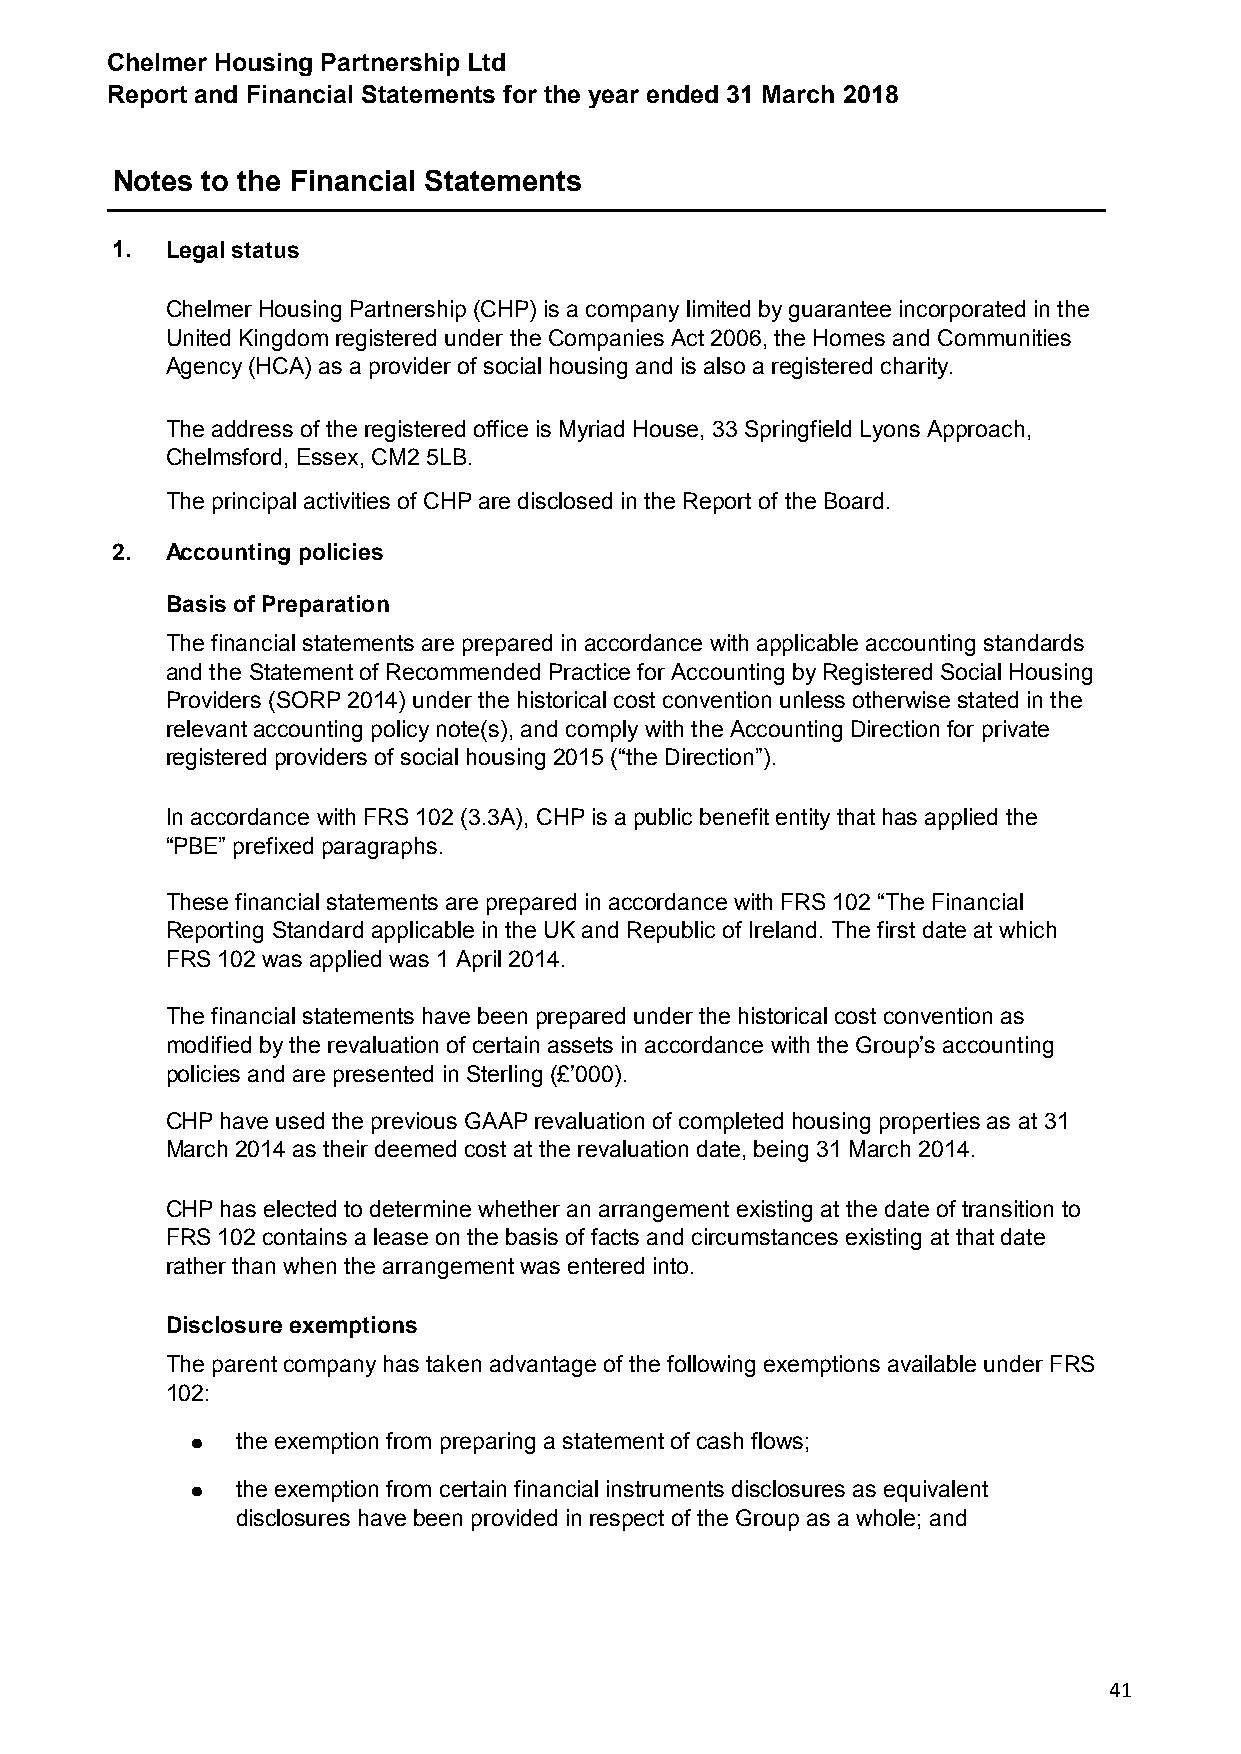
Chelmer Housing Partnership Ltd
 Report and Financial Statements for the year ended 31 March 2018
 Notes to the Financial Statements
 1.  Legal status
 Chelmer Housing Partnership (CHP) is a company limited by guarantee incorporated in the
 United Kingdom registered under the Companies Act 2006, the Homes and Communities
 Agency (HCA) as a provider of social housing and is also a registered charity.
 The address of the registered office is Myriad House, 33 Springfield Lyons Approach,
 Chelmsford, Essex, CM2 5LB.
 The principal activities of CHP are disclosed in the Report of the Board.
 2.  Accounting policies
 Basis of Preparation
 The financial statements are prepared in accordance with applicable accounting standards
 and the Statement of Recommended Practice for Accounting by Registered Social Housing
 Providers (SORP 2014) under the historical cost convention unless otherwise stated in the
 relevant accounting policy note(s), and comply with the Accounting Direction for private
 registered providers of social housing 2015 (“the Direction”).
 In accordance with FRS 102 (3.3A), CHP is a public benefit entity that has applied the
 “PBE” prefixed paragraphs.
 These financial statements are prepared in accordance with FRS 102 “The Financial
 Reporting Standard applicable in the UK and Republic of Ireland. The first date at which
 FRS 102 was applied was 1 April 2014.
 The financial statements have been prepared under the historical cost convention as
 modified by the revaluation of certain assets in accordance with the Group’s accounting
 policies and are presented in Sterling (£’000).
 CHP have used the previous GAAP revaluation of completed housing properties as at 31
 March 2014 as their deemed cost at the revaluation date, being 31 March 2014.
 CHP has elected to determine whether an arrangement existing at the date of transition to
 FRS 102 contains a lease on the basis of facts and circumstances existing at that date
 rather than when the arrangement was entered into.
 Disclosure exemptions
 The parent company has taken advantage of the following exemptions available under FRS
 102:
 ●  the exemption from preparing a statement of cash flows;
 ●  the exemption from certain financial instruments disclosures as equivalent
 disclosures have been provided in respect of the Group as a whole; and
 41